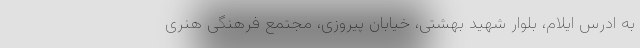
به ادرس ایلام، بلوار شهید بهشتی، خیابان پیروزی، مجتمع فرهنگی هنری